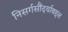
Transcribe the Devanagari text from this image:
निसर्गसौंदर्याबद्दल